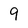
Character: 9